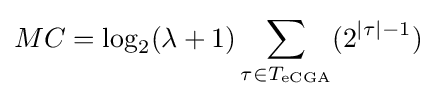
MC=\log _{2}(\lambda +1)\sum _{\tau \in T_{\text{eCGA}}}(2^{|\tau |-1})